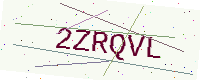
Text: 2ZRQVL